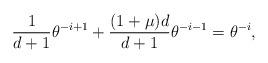
LaTeX: \begin{align*} \frac{1}{d+1}\theta^{-i+1} + \frac{(1+\mu)d}{d+1}\theta^{-i-1}=\theta^{-i}, \end{align*}